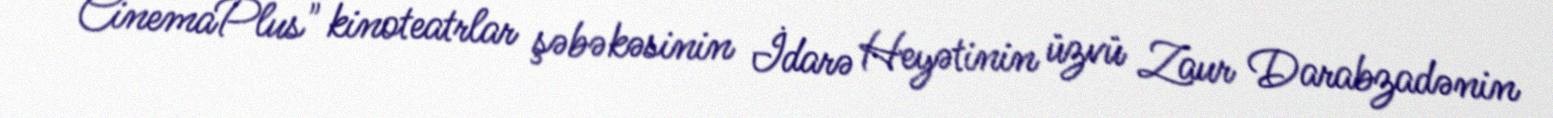
CinemaPlus" kinoteatrlar şəbəkəsinin İdarə Heyətinin üzvü Zaur Darabzadənin